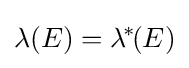
\lambda (E)=\lambda ^{\!*\!}(E)